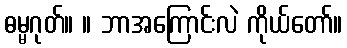
ဓမ္မဂုတ်။ ။ ဘာအကြောင်းလဲ ကိုယ်တော်။